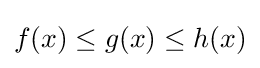
f(x)\leq g(x)\leq h(x)